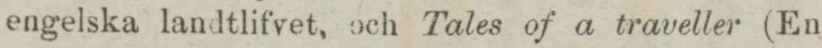
engelska landtlifvet, och Tales of a traveller (En